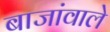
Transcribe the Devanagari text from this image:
बाजांवाले